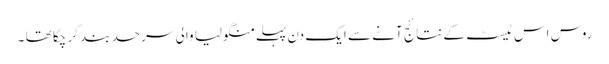
روس اس ٹیسٹ کے نتائج آنے سے ایک دن پہلے منگولیا والی سرحد بند کر چکا تھا ۔